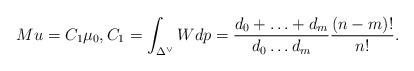
LaTeX: \begin{align*}Mu = C_1 \mu_0, C_1= \int_{ \Delta^\vee } Wdp= \frac{d_0+\ldots +d_m}{d_0\ldots d_m} \frac{(n-m)!}{n!} .\end{align*}